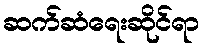
ဆက်ဆံရေးဆိုင်ရာ